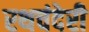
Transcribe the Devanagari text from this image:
रथचंदेरी